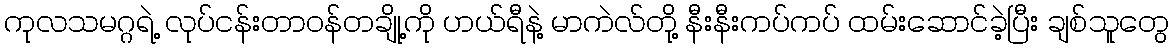
ကုလသမဂ္ဂရဲ့ လုပ်ငန်းတာဝန်တချို့ကို ဟယ်ရီနဲ့ မာကဲလ်တို့ နီးနီးကပ်ကပ် ထမ်းဆောင်ခဲ့ပြီး ချစ်သူတွေ